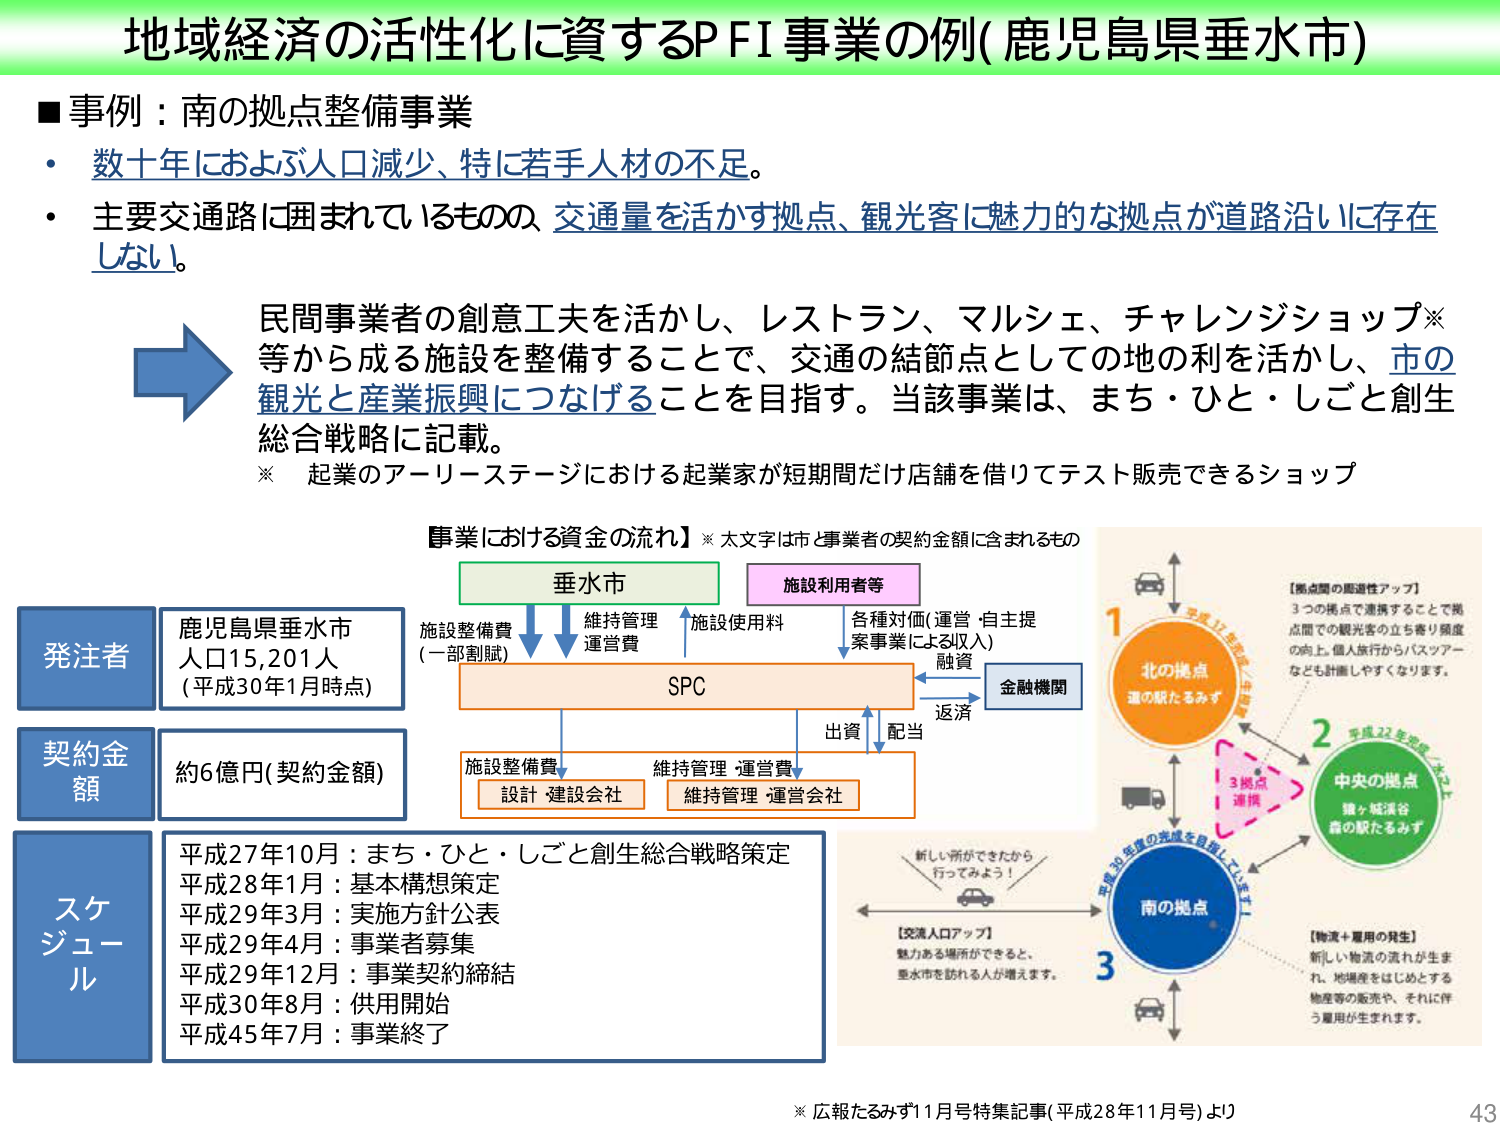
地域経済の活性化に資するPFI事業の例(鹿児島県垂水市)

■事例：南の拠点整備事業
・数十年におよぶ人口減少、特に若手人材の不足。
・主要交通路に囲まれているものの、交通量を活かす拠点、観光客に魅力的な拠点が道路沿いに存在しない。

民間事業者の創意工夫を活かし、レストラン、マルシェ、チャレンジショップ※等から成る施設を整備することで、交通の結節点としての地の利を活かし、市の観光と産業振興につなげることを目指す。当該事業は、まち・ひと・しごと創生総合戦略に記載。
※ 起業のアーリーステージにおける起業家が短期間だけ店舗を借りてテスト販売できるショップ

【事業における資金の流れ】※太文字は市と事業者の契約金額に含まれるもの
垂水市
施設整備費
(一部割賦)
維持管理・運営費
施設利用者等
施設使用料
各種対価(運営・自主提案事業による収入)
融資
SPC
金融機関
出資
配当
返済
施設整備費
設計・建設会社
維持管理・運営費
維持管理・運営会社

発注者
鹿児島県垂水市
人口15,201人
(平成30年1月時点)

契約金額
約6億円(契約金額)

スケジュール
平成27年10月：まち・ひと・しごと創生総合戦略策定
平成28年1月：基本構想策定
平成29年3月：実施方針公表
平成29年4月：事業者募集
平成29年12月：事業契約締結
平成30年8月：供用開始
平成45年7月：事業終了

【拠点間の周遊性アップ】
3つの拠点で連携することで拠点間での観光客の立ち寄り頻度の向上、個人旅行からバスツアーなども計画しやすくなります。

1 北の拠点
道の駅たるみず

2 中央の拠点
猿ヶ城渓谷
森の駅たるみず

3 南の拠点

【交流人口アップ】
魅力ある場所ができると、垂水市を訪れる人が増えます。

【物流＋雇用の発生】
新しい物流の流れが生まれ、地場産をはじめとする物産等の販売や、それに伴う雇用が生まれます。

※ 広報たるみず11月号特集記事(平成28年11月号)より

43